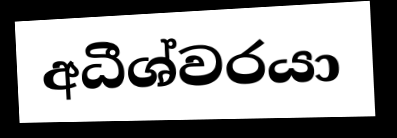
අධීශ්වරයා